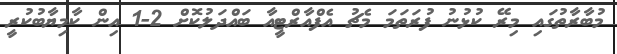
މުބާރާތުގައި މިރޭ ކުޅުނު ފުރަތަމަ މެޗު އެފްއާރްޓީއާ ބައްދަލުކޮށް 2-1 އިން ކާމިޔާބުކުރީ